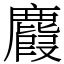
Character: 麚